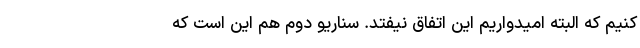
کنیم که البته امیدواریم این اتفاق نیفتد. سناریو دوم هم این است که